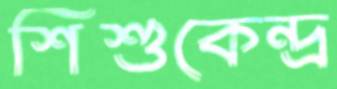
শিশুকেন্দ্র